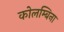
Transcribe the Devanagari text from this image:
कोलम्बिना